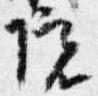
院